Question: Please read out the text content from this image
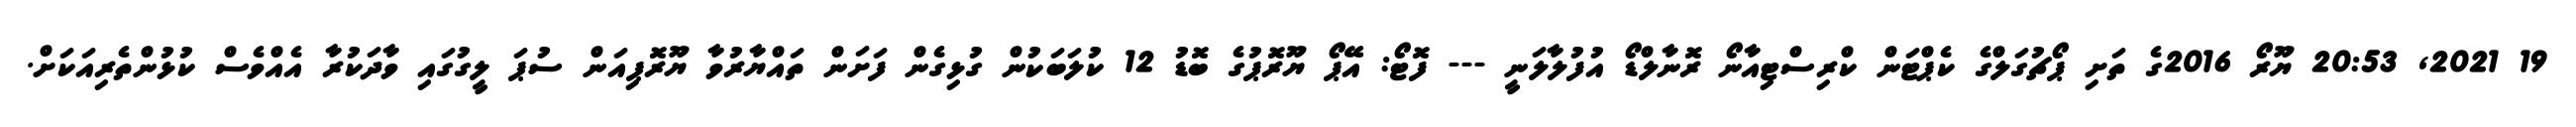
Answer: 19 2021, 20:53 ޔޫރޯ 2016ގެ ތަށި ޕޯޗުގަލްގެ ކެޕްޓަން ކްރިސްޓިއާނޯ ރޮނާލްޑޯ އުފުލާލަނީ --- ފޮޓޯ: އޭޕޯ ޔޫރޮޕުގެ ބޮޑު 12 ކުލަބަކުން ގުޅިގެން ފަށަން ތައްޔާރުވާ ޔޫރޮޕިއަން ސުޕަ ލީގުގައި ވާދަކުރާ އެއްވެސް ކުޅުންތެރިއަކަށް.